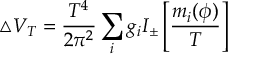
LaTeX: \triangle V _ { T } = \frac { T ^ { 4 } } { 2 \pi ^ { 2 } } \sum _ { i } g _ { i } I _ { \pm } \left[ \frac { m _ { i } ( \phi ) } { T } \right]